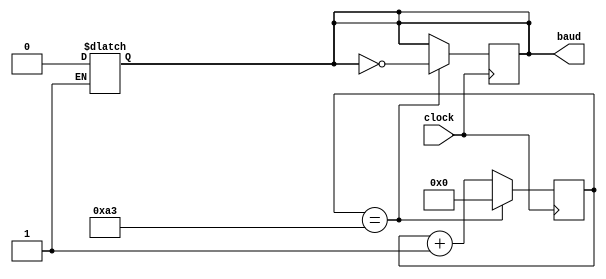
`timescale 1ns / 1ps
//////////////////////////////////////////////////////////////////////////////////
// Company: 
// Engineer: 
// 
// Design Name: 
// Module Name:    baudrate_gen 
// Project Name: 
// Target Devices: 
// Tool versions: 
// Description: 
//
// Dependencies: 
//
// Revision: 
// Revision 0.01 - File Created
// Additional Comments: 
//
//////////////////////////////////////////////////////////////////////////////////
module baudrate_gen(  // generador de ticks para un baudrate de 9600
		input wire clock,
		output reg baud
 );
 
reg [7:0]count=0;
reg init = 1;


always@(posedge clock)
begin
	//if(count == 163)
	if(count == 163)
	begin
		baud <= ~baud;
		count <= 0;
	end 
	else
		count <= count + 1;
end

always@(init)
begin
	if(init == 1)
	begin
		baud = 0;
	end
end

endmodule